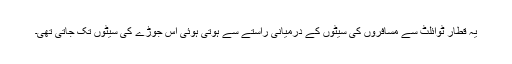
یہ قطار ٹوائلٹ سے مسافروں کی سیٹوں کے درمیانی راستے سے ہوتی ہوئی اس جوڑے کی سیٹوں تک جاتی تھی۔